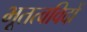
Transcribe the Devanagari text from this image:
भूतत्वविदों